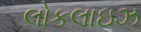
લોકલાઇઝ